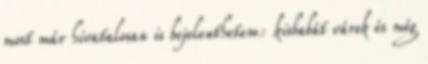
most már hivatalosan is bejelenthetem: kisbabát várok és még